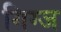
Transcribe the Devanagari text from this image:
गिग्ज